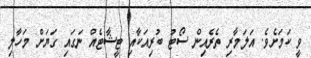
ވީ ކަމަށެވެ. އަލަމާރި ތެރެއިން ސޯޓު ބުރިއަކާއި ޓީޝާޓެއް ނަގައި ގަޔަށް މަހާލި